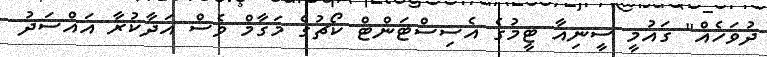
ދުވަހެއް" ގައުމީ ސީނިއާ ޓީމުގެ އެސިސްޓަންޓް ކޯޗުގެ މަގާމް ވެސް އަދާކުރާ އައްސަދު